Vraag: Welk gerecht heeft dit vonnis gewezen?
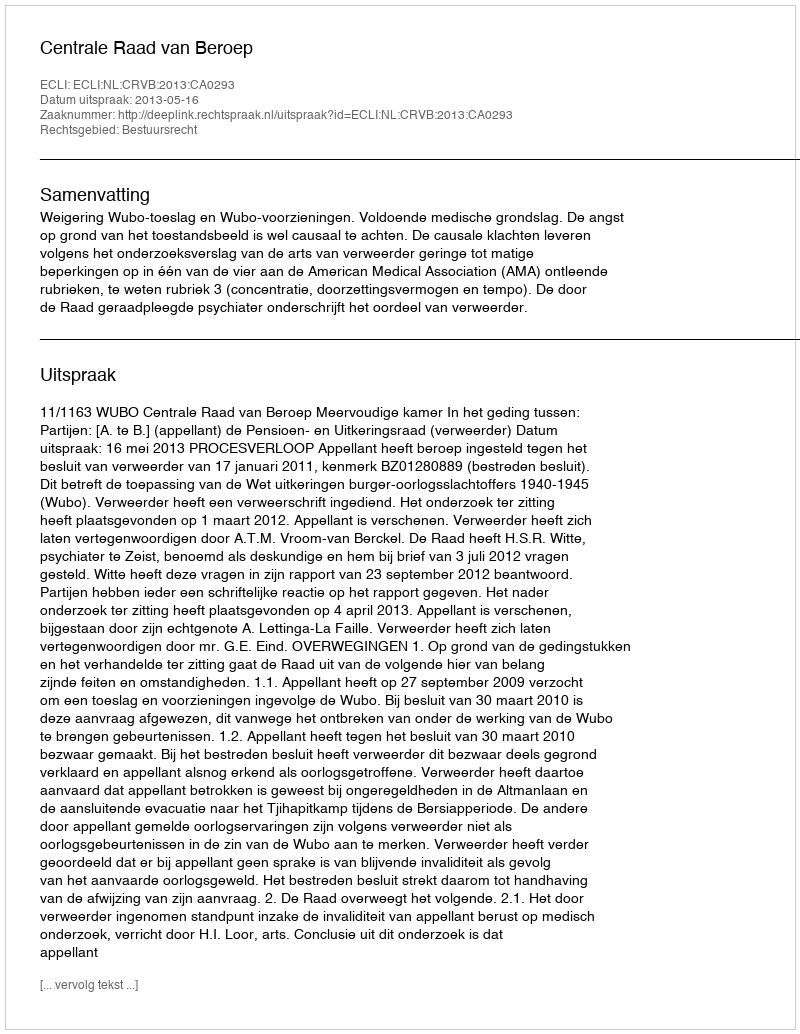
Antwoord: Centrale Raad van Beroep